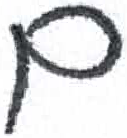
אות: ם